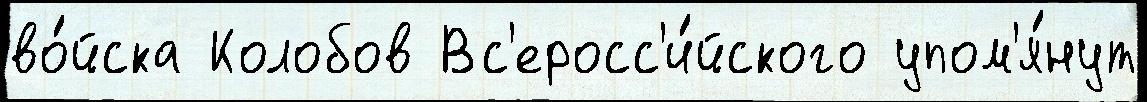
во́йска Колобов Вс'еросс'и́йского упом'я́нут